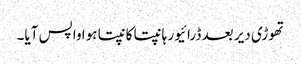
تھوڑی دیر بعد ڈرائیور ہانپتا کانپتا ہوا واپس آیا۔